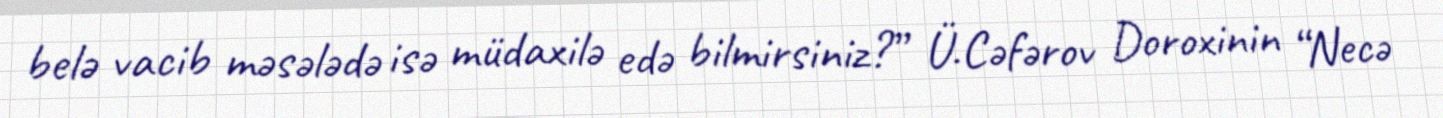
belə vacib məsələdə isə müdaxilə edə bilmirsiniz?” Ü.Cəfərov Doroxinin “Necə